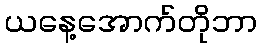
ယနေ့အောက်တိုဘာ